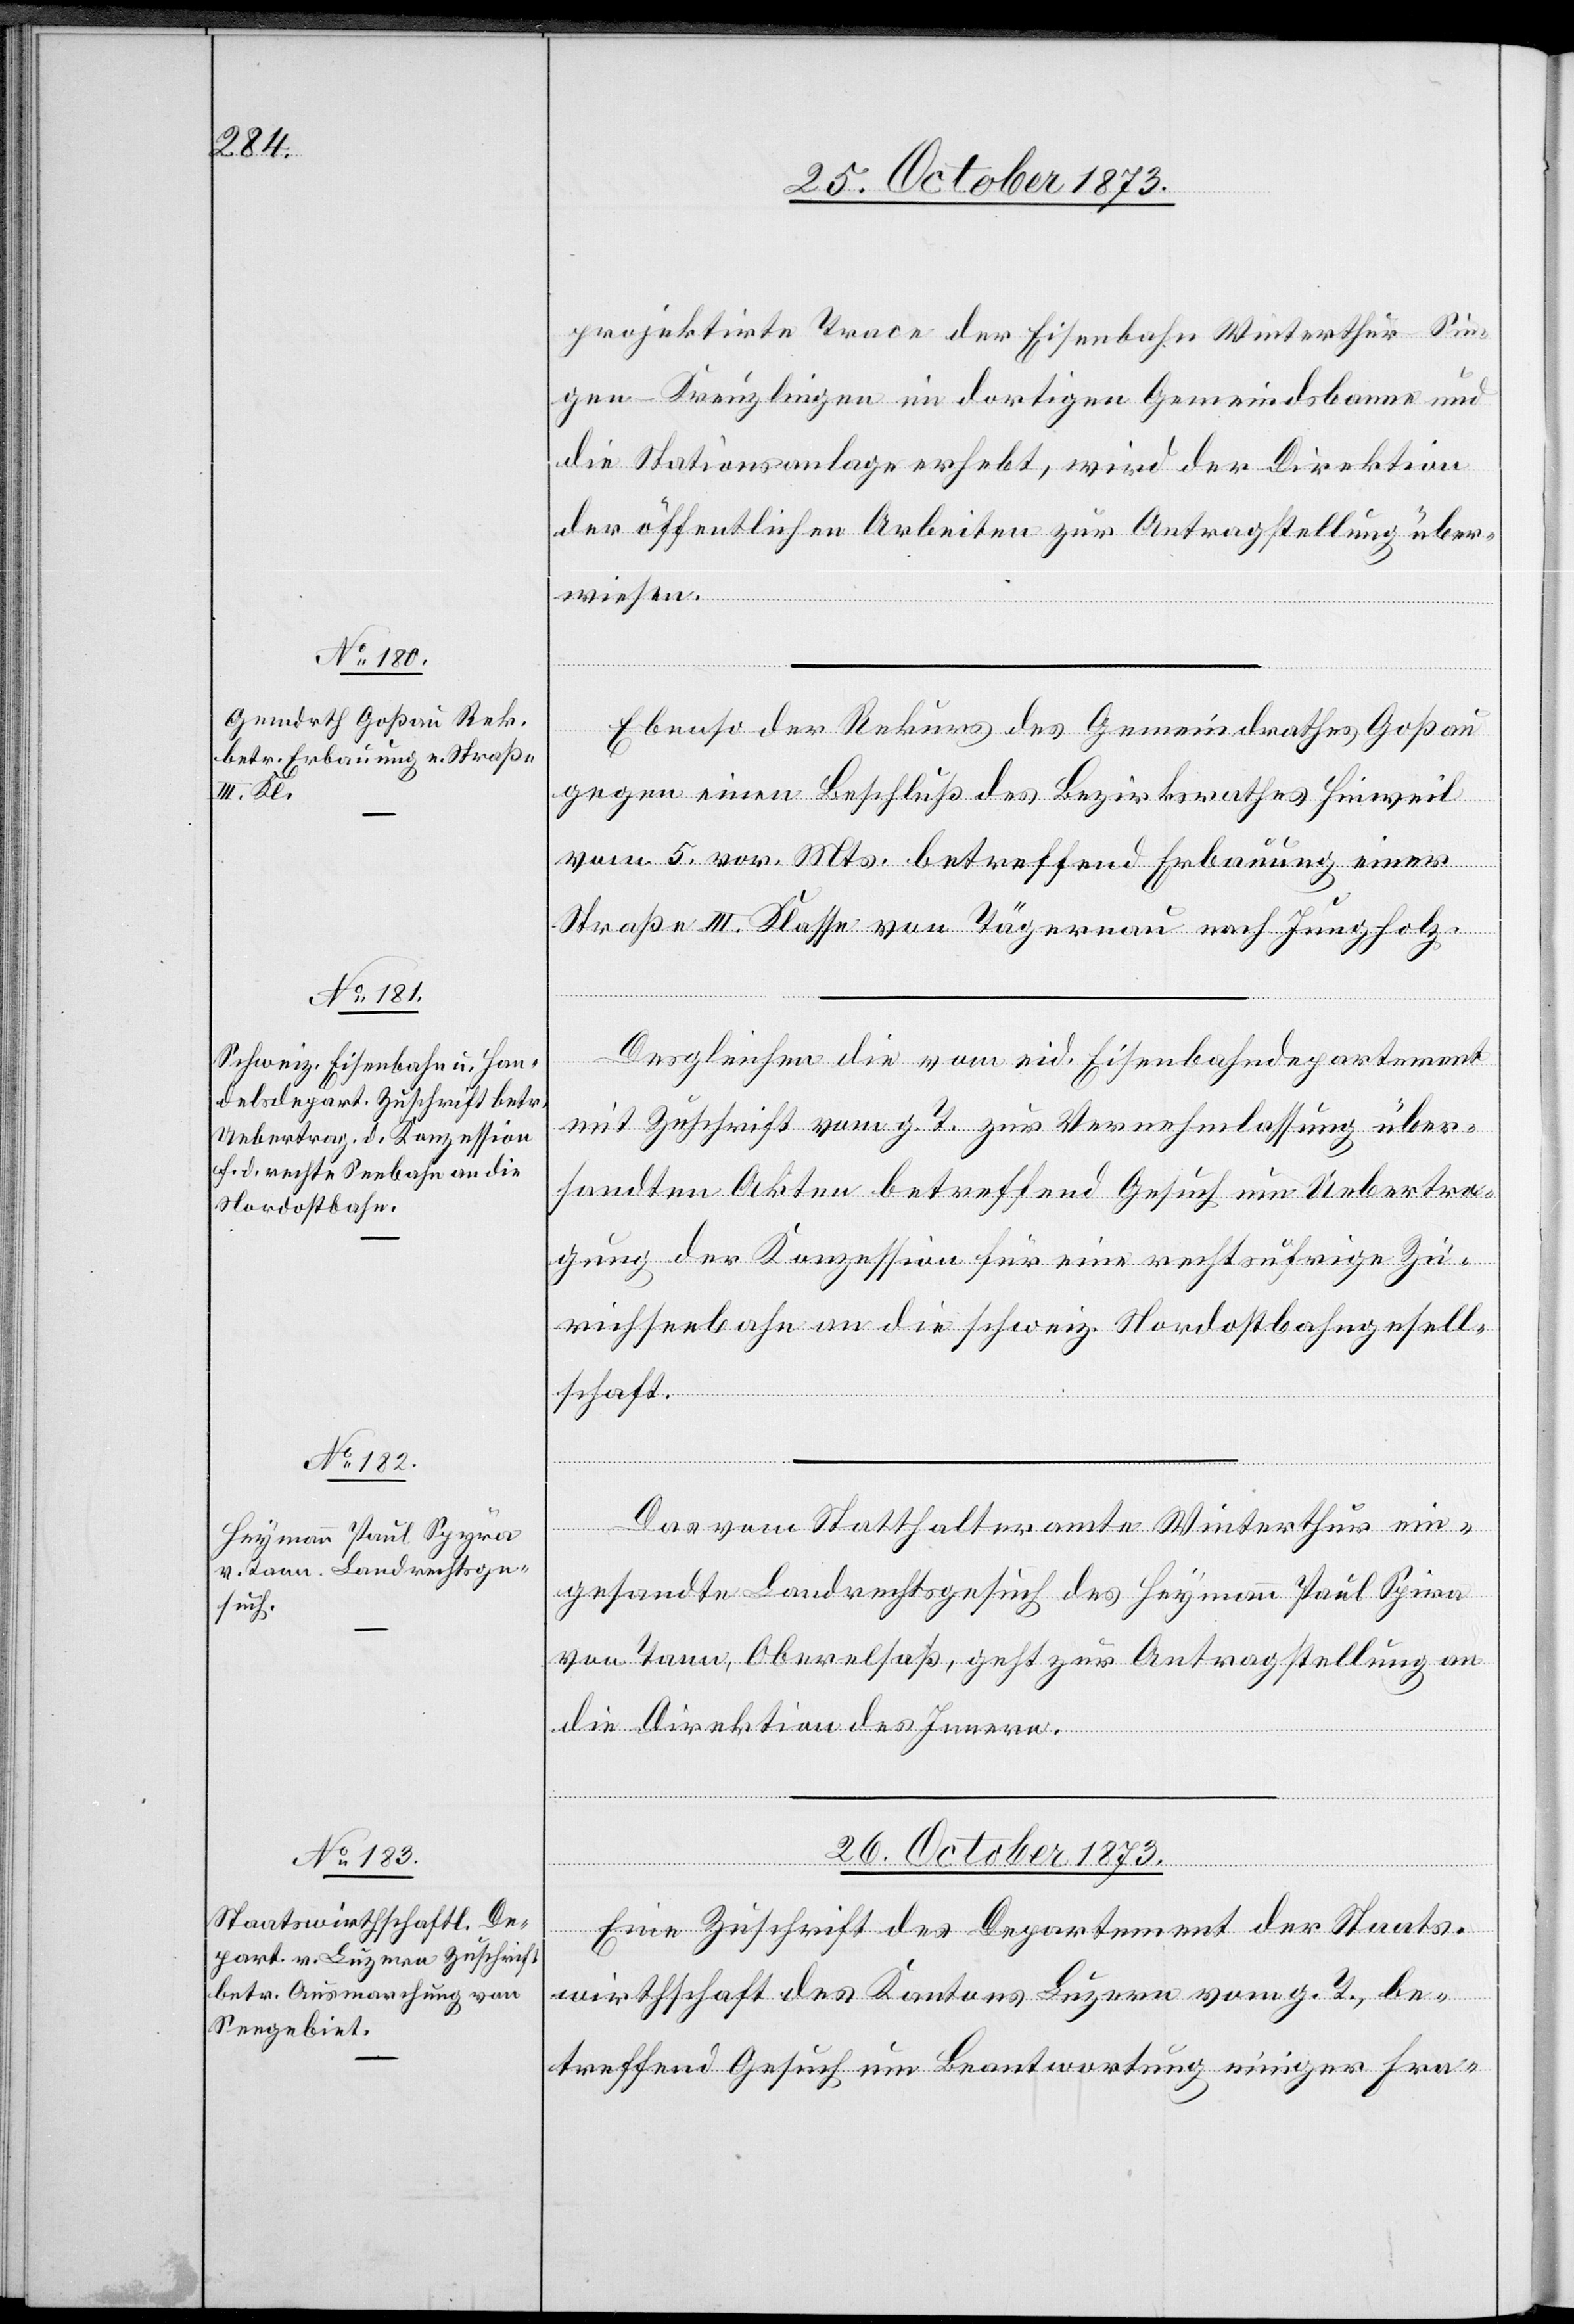
25. October 1873.]
projektirte Trace der Eisenbahn Winterthur–Sin¬
gen–Kreuzlingen im dortigen Gemeindsbanne und
die Stationsanlage erhebt, wird der Direktion
der öffentlichen Arbeiten zur Antragstellung über¬
wiesen.
Ebenso der Rekurs des Gemeindrathes Goßau
gegen einen Beschluß des Bezirksrathes Hinweil
vom 5. vor. Mts. betreffend Erbauung einer
Straße III. Klasse von Tägernau nach Jungholz.
Desgleichen die vom eid. Eisenbahndepartement
mit Zuschrift vom g. T. zur Vernehmlassung über¬
sandten Akten betreffend Gesuch um Uebertra¬
gung der Konzession für eine rechtsufrige Zü¬
richseebahn an die schweiz. Nordostbahngesell¬
schaft.
Das vom Statthalteramte Winterthur ein¬
tzung
gesandte Landrechtsgesuch des Heymann Paul Spira
von Tann, Oberelsaß, geht zur Antragstellung an
die Direktion des Innern.
26. October 1873.
Eine Zuschrift des Departement der Staats¬
wirthschaft des Kantons Luzern vom g. T., be¬
treffend Gesuch um Beantwortung einiger Fra-